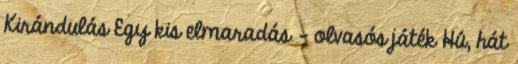
Kirándulás Egy kis elmaradás - olvasós játék Hú, hát